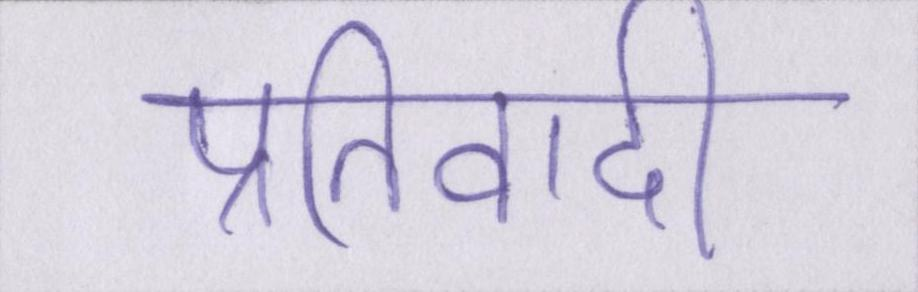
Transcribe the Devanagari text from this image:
प्रतिवादी